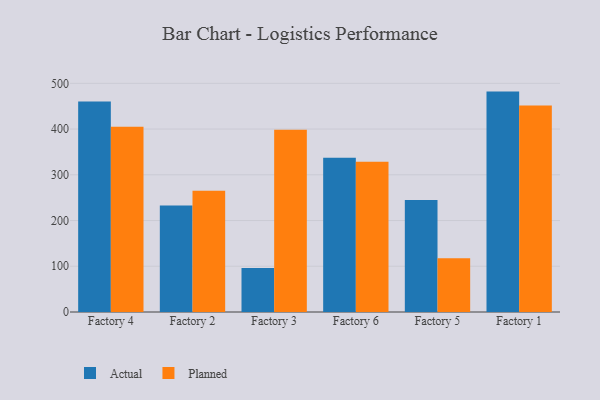
{"axis": {"x": "Factory", "y": "Demand Index"}, "legend": ["Actual", "Planned"], "data": [{"x": "Factory 4", "y": 460.4, "type": "Actual"}, {"x": "Factory 4", "y": 405.3, "type": "Planned"}, {"x": "Factory 2", "y": 232.6, "type": "Actual"}, {"x": "Factory 2", "y": 264.9, "type": "Planned"}, {"x": "Factory 3", "y": 96.1, "type": "Actual"}, {"x": "Factory 3", "y": 398.4, "type": "Planned"}, {"x": "Factory 6", "y": 337.5, "type": "Actual"}, {"x": "Factory 6", "y": 328.6, "type": "Planned"}, {"x": "Factory 5", "y": 244.8, "type": "Actual"}, {"x": "Factory 5", "y": 117.5, "type": "Planned"}, {"x": "Factory 1", "y": 481.9, "type": "Actual"}, {"x": "Factory 1", "y": 451.4, "type": "Planned"}]}